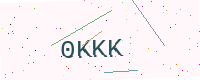
Text: 0KKK